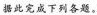
据此完成下列各题。